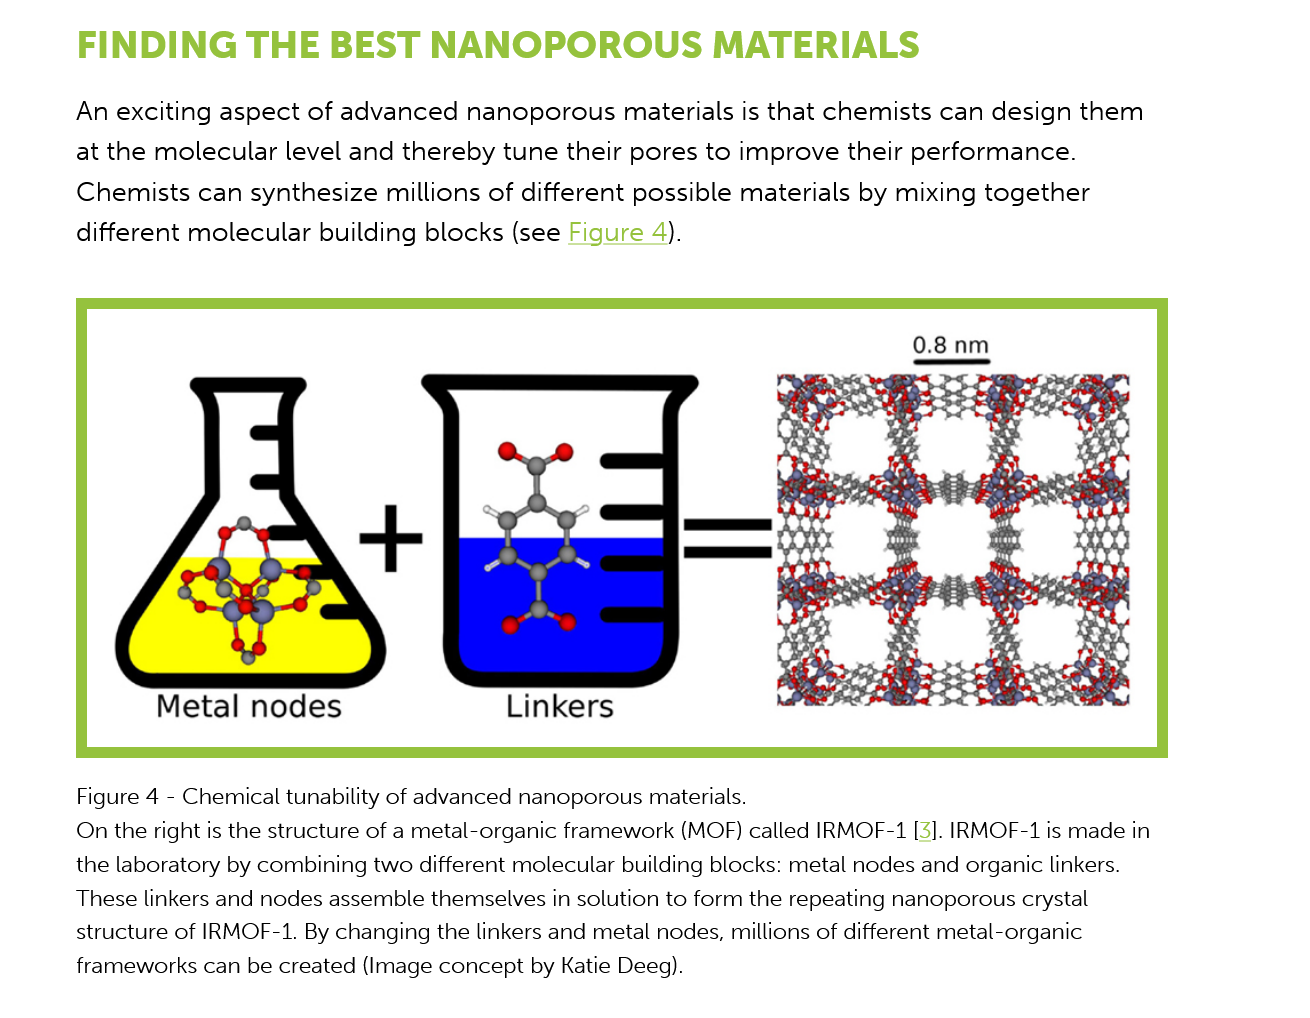
FINDING    THE    BEST    NANOPOROUS    MATERIALS
     An exciting aspect  of advanced  nanoporous   materials is that chemists can design  them
     at the molecular  level and thereby tune their pores to improve  their performance.
     Chemists  can  synthesize millions of different possible materials by mixing together
     different molecular  building blocks (see Figure 4).

     +
     Metal   nodes    Linkers
     Figure 4
     -
     Chemical tunability of advanced nanoporous materials.
     On the right is the structure of a metal-organic framework (MOF) called IRMOF-1 [3]. IRMOF-1 is made in
     the laboratory by combining two different molecular building blocks: metal nodes and organic linkers.
     These linkers and nodes assemble themselves in solution to form the repeating nanoporous crystal
     structure of IRMOF-1. By changing the linkers and metal nodes, millions of different metal-organic
     frameworks can be created (Image concept by Katie Deeg).